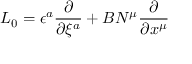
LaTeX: L _ { 0 } = \epsilon ^ { a } \frac { \partial } { \partial \xi ^ { a } } + B N ^ { \mu } \frac { \partial } { \partial x ^ { \mu } }